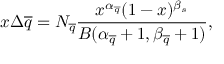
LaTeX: x \Delta \overline { { { q } } } = N _ { \overline { { { q } } } } \frac { x ^ { \alpha _ { \overline { { { q } } } } } ( 1 - x ) ^ { \beta _ { s } } } { B ( \alpha _ { \overline { { { q } } } } + 1 , \beta _ { \overline { { { q } } } } + 1 ) } ,